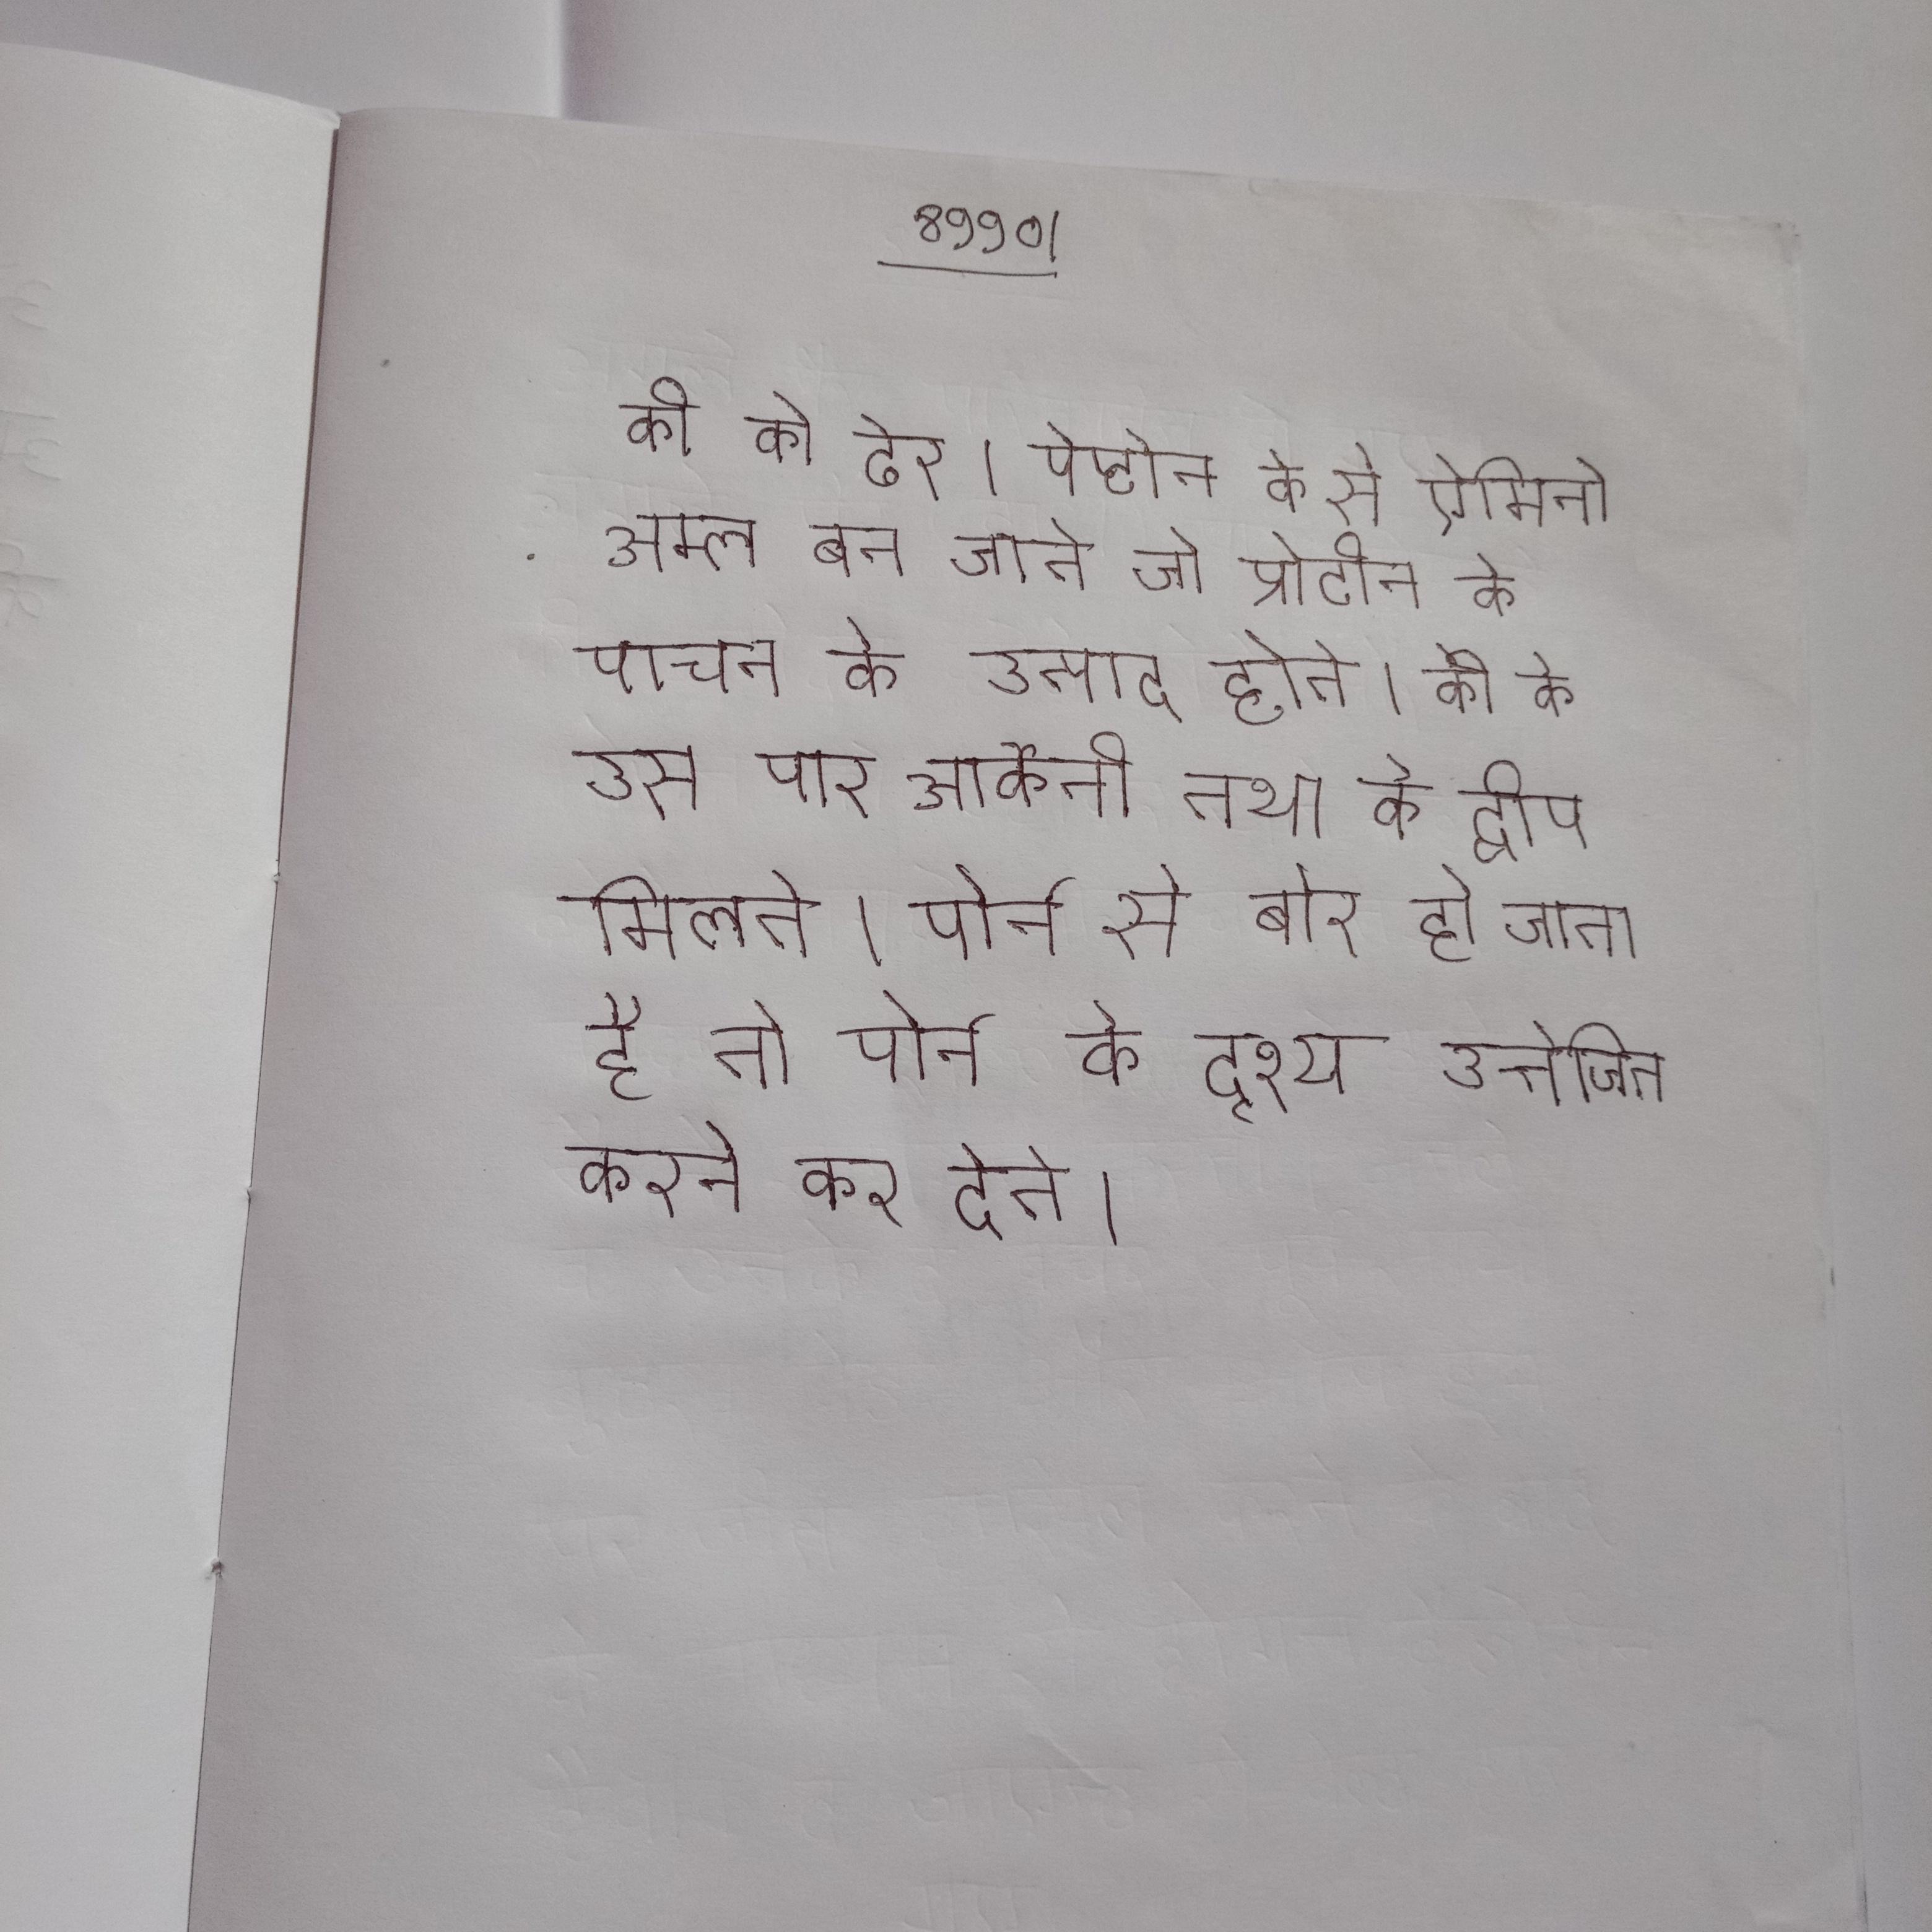
की को ढेर । पेप्टोन के से ऐमिनो अम्ल बन जाते जो प्रोटीन के पाचन के उत्पाद होते । की के उस पार आर्केनी तथा के द्वीप मिलते । पोर्न से बोर हो जाता है तो पोर्न के दृश्य उत्तेजित करने कर देते ।